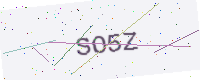
Text: SO5Z